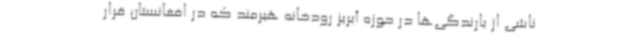
ناشی از بارندگی‌ها در حوزه آبریز رودخانه هیرمند که در افغانستان قرار